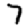
Digit: 7